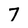
Character: 7